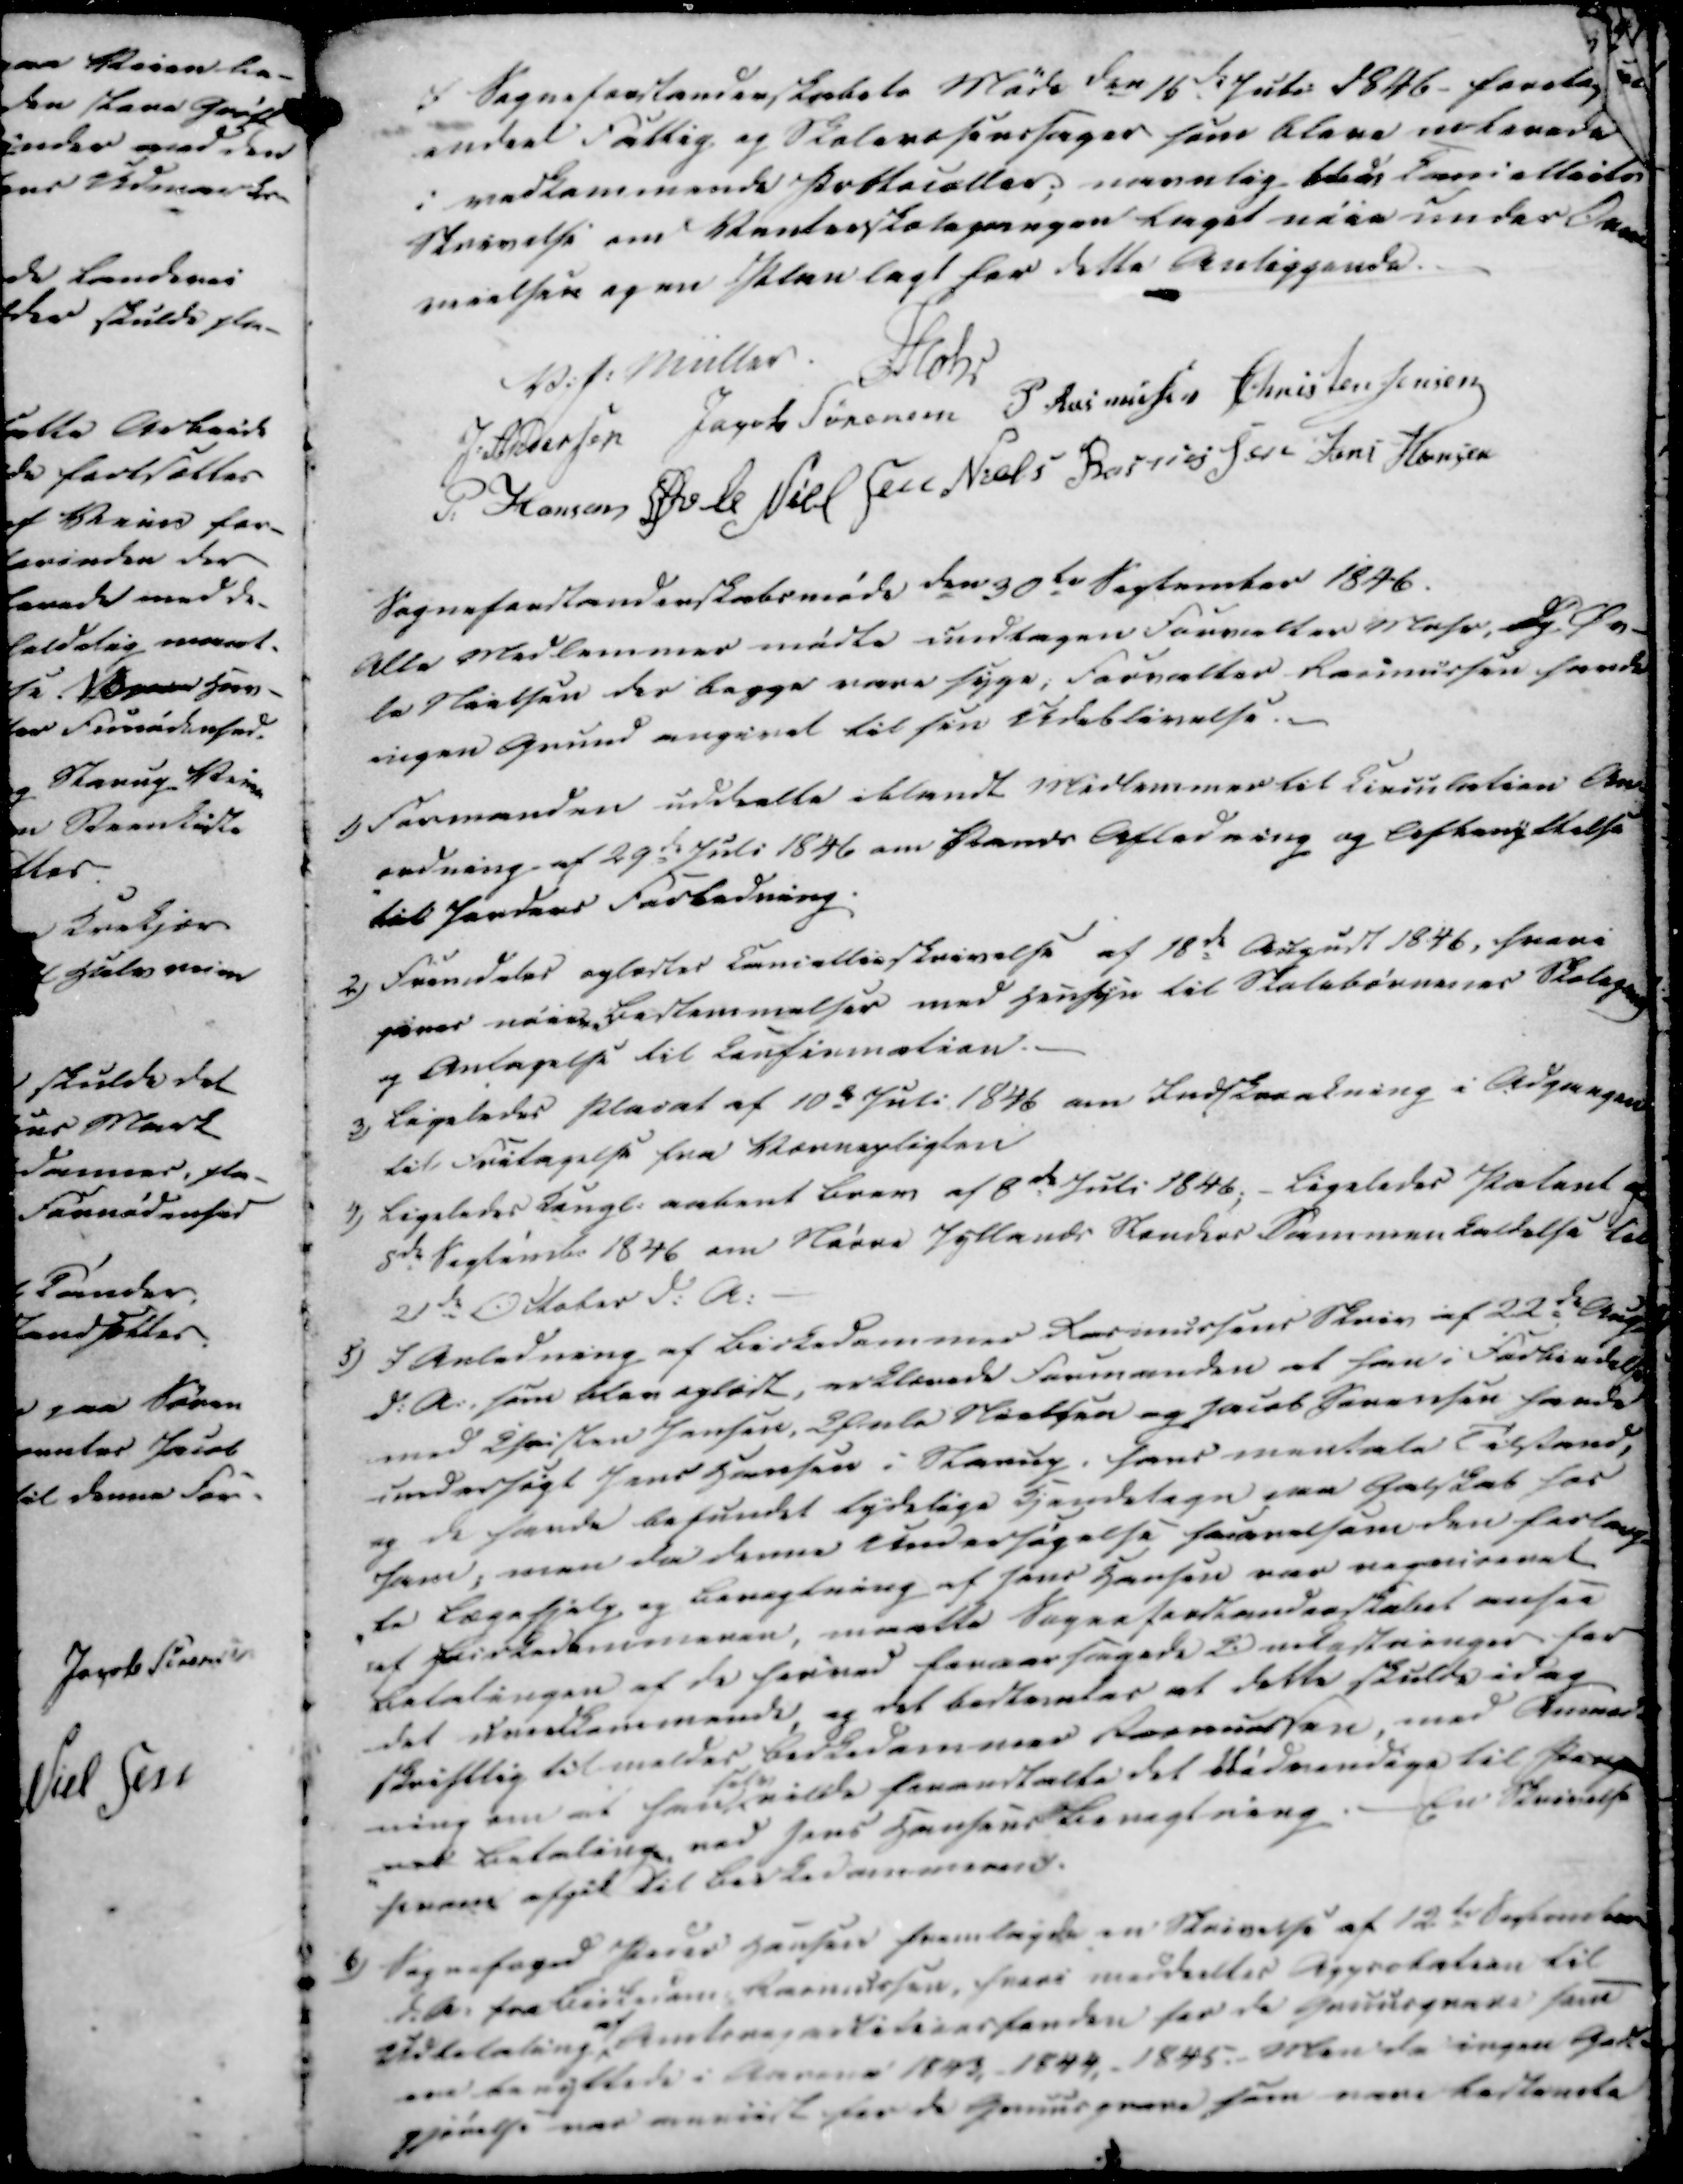
Transskription:
I Sogneforstanderskabets Møde den 15de Juli 1846 - foretog...
endeel Fattig og Skolevæsenssager som bleve noterede
i vedkommende Protocoller; navnlig bleve Lani Møde
Skrivelse om Vanterskolegangen taget nøie under Over-
veielsene og en Planlagt for dette Anliggende.

V. P. Müller
Mohr
J. Andersen
Jacob Sørensen
P Rasmussen
Christen Jensen
P. Hansen
Øvle Nielsen
Niels Rasmussen
Jens Hansen

Sogneforstanderskabsmøde den 30te September 1846.
Alle Medlemmer mødte undtagen Forvalter Mohr, og Or-
la Nielsen der begge vare syge, Forvalter Rasmussen havde
ingen Grund angivet til sin Udeblivelse.

1)

Formanden uddeelte iblandt Medlemmer til Circulation An-
-ordning af 29de Juli 1846 om Pands Afledning og Afbenyttelse
til Janders Forbedring.

2)

Fremdeles oplæstes Cancellieskrivelse af 18de August 1846, hvori
gives nøiee Bestemmelser med Hensyn til Skolebørnenes Skolegang
og Antagelse til Confirmation.

3)

ligeledes Placat af 10de Juli 1846 om Indskrænkning i Adgangen
til Fritagelse fra Værnepligten

4)

Ligeledes Kongl. aabent Brev af 8de Juli 1846; - Ligeledes Patent 
5de September 1846 om Nørre Jyllands Standes Sammenkaldelse til
21de October d.A

5)

I Anledning af Birkedommer Rasmussens Skriv af 22de Aug.
d.A., som blev oplæst, erklærede Formanden at han i Forbindelse
med Christen Jensen, Orla Nielsen og Jacob Sørensen havde
undersøgt Jens Hansen i Starup, hans mentale Tilstand,
og de havde befundet tydelige Kjendetegn paa Galskab hos
ham, men da denne Undersøgelse saavelsom den forlang-
-te Lægehjelp og bevogtning af Jens Hansen var regeniseret
af Birkedommeren, maatte Sogneforstanderskabet ansee
Betalingen af de herved foraarsagede Omkostninger for
det uvedkommende, og det bestemtes at dette skulde idag
skriftlig tilmeldes Birkedommer Rasmussen, med Anmod-
ning om han
selv
vilde foranstalte det Nødvendige til Penge
-ved Betaling ved Jens Hansens Bevogtning. -- En Skrivelse
herom afgik til Birkedommeren.

6)

Sognefoged Peder Hansen fremlagde en Skrivelse af 12te September
d.A. fra Birkedom Rasmussen, hvori meddeeltes Approbation til
Udbetaling af Amtsrepartitionsfonden for de Gruusgravee som
ere benyttede i Aarene 1843, 1844, 1845. Men da ingen Godt-
gjørelse var meriest for de Gruusgrave som vare bestemte